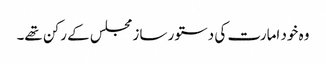
وہ خود امارت کی دستور ساز مجلس کے رکن تھے۔